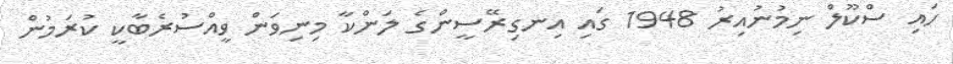
ހައި ސްކޫލް ނިމުނުއިރު 1948 ގައި އިނގިރޭސީންގެ ލަންކާ މިނިވަން ވީއްސުރެބާކީ ކުރަމުން